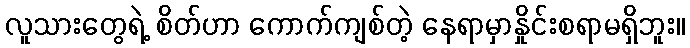
လူသားတွေရဲ့ စိတ်ဟာ ကောက်ကျစ်တဲ့ နေရာမှာနှိုင်းစရာမရှိဘူး။